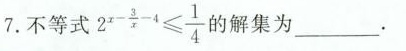
7.不等式 $$2 ^ { x - \frac { 3 } { x } - 4 }